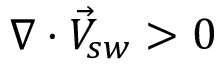
\nabla \cdot \vec { V } _ { s w } > 0